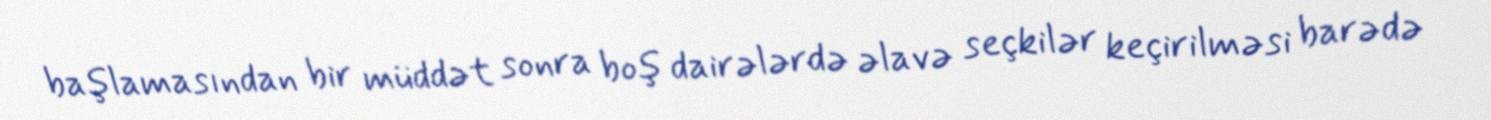
başlamasından bir müddət sonra boş dairələrdə əlavə seçkilər keçirilməsi barədə